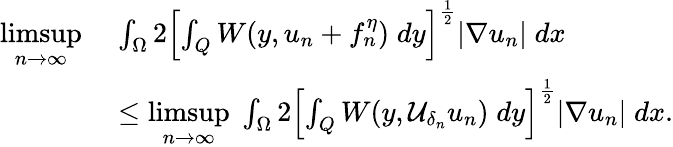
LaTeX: \begin{array}{rl}{\underset{n\to\infty}{\operatorname*{limsup}}\; }&{\int_{\Omega}2\left[\int_{Q}W(y,u_{n}+f_{n}^{\eta})\; dy\right]^{\frac{1}{2}}|\nabla u_{n}|\; dx}\\ &{\leq\underset{n\to\infty}{\operatorname*{limsup}}\; \int_{\Omega}2\left[\int_{Q}W(y,\mathcal{U}_{\delta_{n}}u_{n})\; dy\right]^{\frac{1}{2}}|\nabla u_{n}|\; dx.}\end{array}